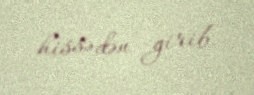
hissədən girib.